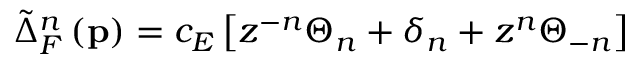
\tilde { \Delta } _ { F } ^ { n } \left( \mathbf { p } \right) = c _ { E } \left[ z ^ { - n } \Theta _ { n } + \delta _ { n } + z ^ { n } \Theta _ { - n } \right]